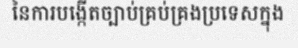
នៃការបង្កើតច្បាប់គ្រប់គ្រងប្រទេសក្នុង